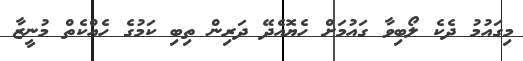
މިގައުމު ދެކެ ލޯބިވާ ގައުމަށް ހެޔޮއެދޭ ދަރިން ތިބި ކަމުގެ ހެއްކެތް މުނީޒާ